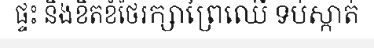
ផ្ទះ និងខិតខំថែរក្សាព្រៃឈើ ទប់ស្កាត់